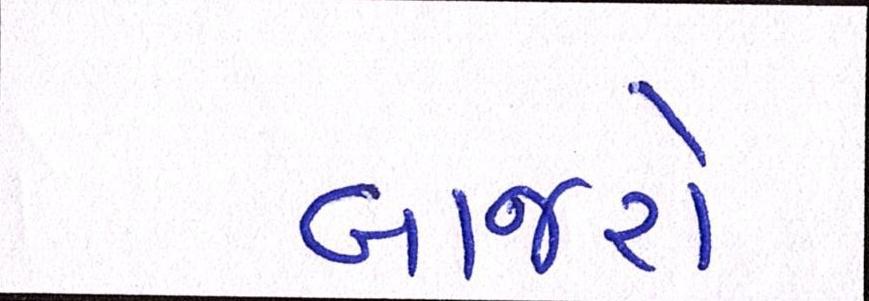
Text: બાજરો